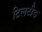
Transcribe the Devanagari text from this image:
टिलटीड